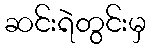
ဆင်းရဲတွင်းမှ